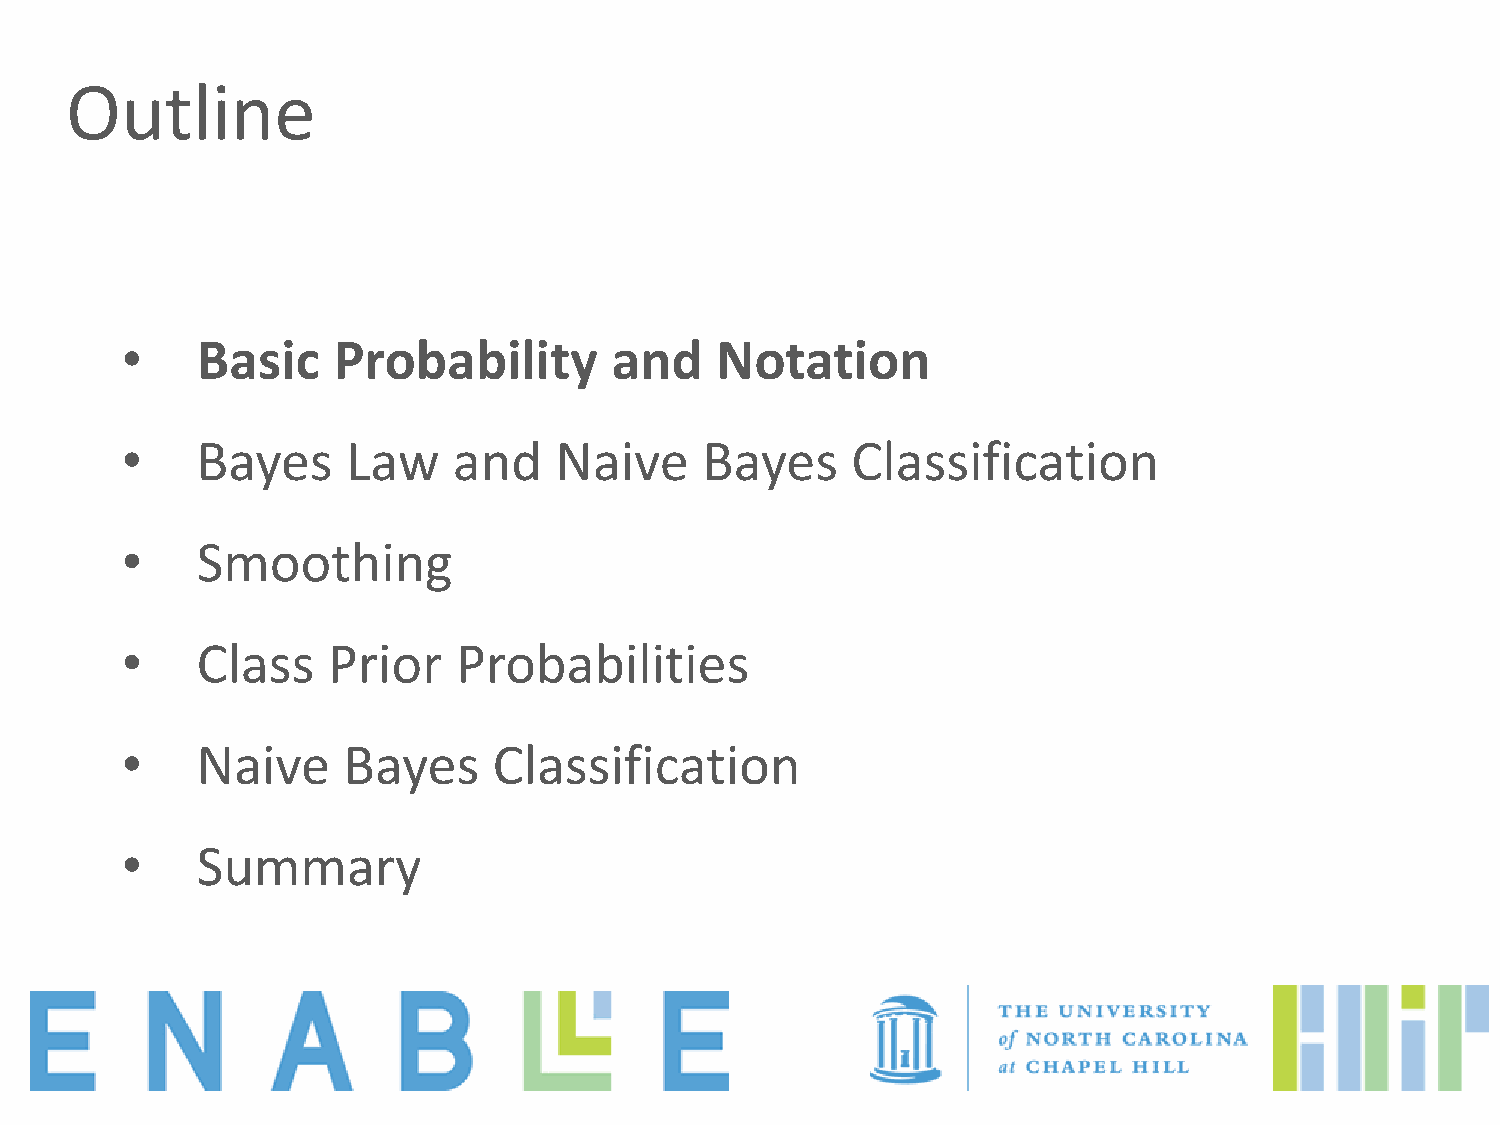
Outline
 •    Basic    Probability       and    Notation
 •    Bayes     Law    and    Naive    Bayes     Classification
 •    Smoothing
 •    Class    Prior   Probabilities
 •    Naive     Bayes     Classification
 •    Summary